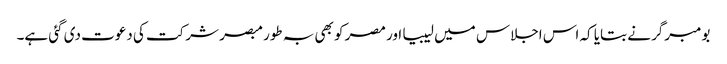
بومبرگر نے بتایا کہ اس اجلاس میں لیبیا اور مصر کو بھی بہ طور مبصر شرکت کی دعوت دی گئی ہے۔